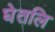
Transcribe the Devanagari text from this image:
घेतलि